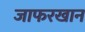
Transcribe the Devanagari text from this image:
जाफरखान